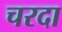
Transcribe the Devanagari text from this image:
चरदा